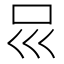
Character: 𠮰